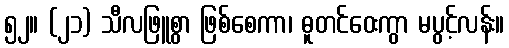
၅၂။ (၂၁) သီလဖြူစွာ ဖြစ်စေကာ၊ ဓူတင်ဝေးကွာ မပွင့်လန်း။